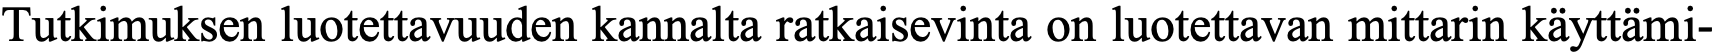
Tutkimuksen luotettavuuden kannalta ratkaisevinta on luotettavan mittarin käyttämi-